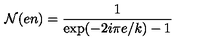
{ \cal N } ( e n ) = \frac { 1 } { \mathrm { e x p } ( - 2 i \pi e / k ) - 1 }